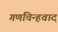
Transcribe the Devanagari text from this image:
गणचिन्हवाद